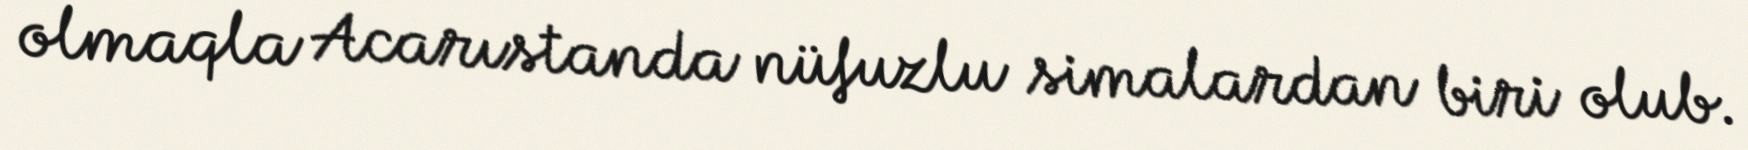
olmaqla Acarıstanda nüfuzlu simalardan biri olub.